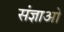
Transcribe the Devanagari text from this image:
संज्ञाओ